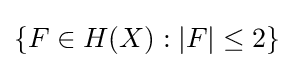
\{F\in H(X):|F|\leq 2\}